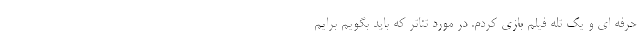
حرفه ‌ای و یک تله‌ فیلم بازی کردم. در مورد تئاتر که باید بگویم برایم